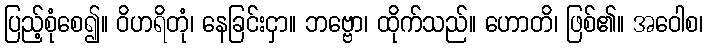
ပြည့်စုံစေ၍။ ဝိဟရိတုံ၊ နေခြင်းငှာ။ ဘဗ္ဗော၊ ထိုက်သည်။ ဟောတိ၊ ဖြစ်၏။ အဝေါစ၊